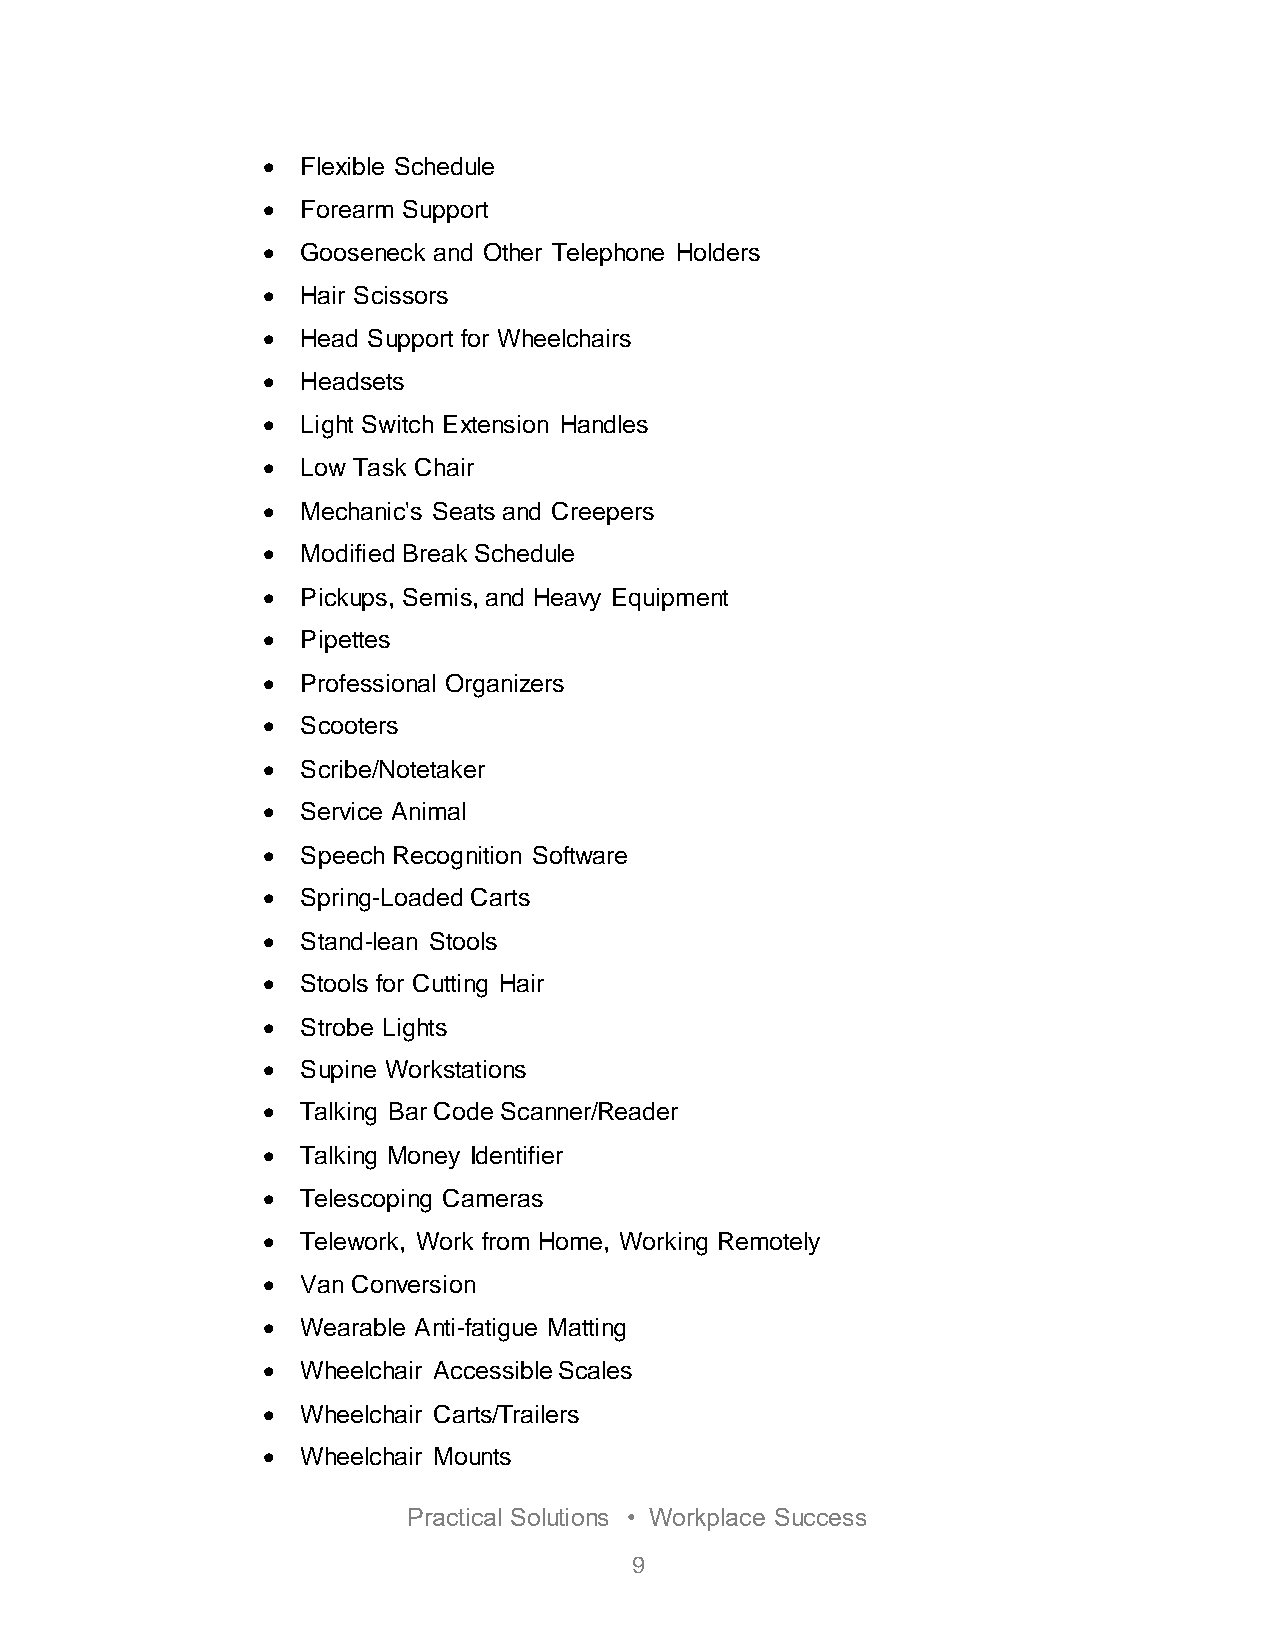
  Flexible Schedule
   Forearm Support
   Gooseneck and Other Telephone Holders
   Hair Scissors
   Head Support for Wheelchairs
   Headsets
   Light Switch Extension Handles
   Low Task Chair
   Mechanic's Seats and Creepers
   Modified Break Schedule
   Pickups, Semis, and Heavy Equipment
   Pipettes
   Professional Organizers
   Scooters
   Scribe/Notetaker
   Service Animal
   Speech Recognition Software
   Spring-Loaded Carts
   Stand-lean Stools
   Stools for Cutting Hair
   Strobe Lights
   Supine Workstations
   Talking Bar Code Scanner/Reader
   Talking Money Identifier
   Telescoping Cameras
   Telework, Work from Home, Working Remotely
   Van Conversion
   Wearable Anti-fatigue Matting
   Wheelchair Accessible Scales
   Wheelchair Carts/Trailers
   Wheelchair Mounts
 Practical Solutions • Workplace Success
 9